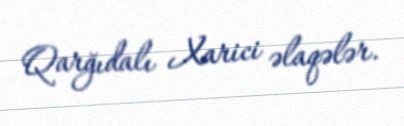
Qarğıdalı Xarici əlaqələr.